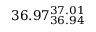
3 6 . 9 7 _ { 3 6 . 9 4 } ^ { 3 7 . 0 1 }